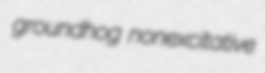
groundhog nonexcitative